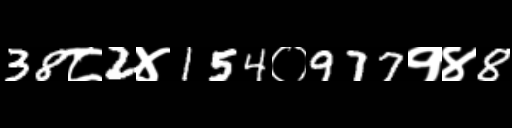
Text: 38८2४154०977१४8